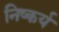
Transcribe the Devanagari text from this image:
निष्कर्य